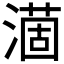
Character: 𣾟